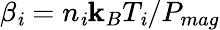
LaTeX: \beta_{\mathit{i}}=n_{\mathit{i}}\mathbf{k}_{B}T_{\mathit{i}}/P_{mag}